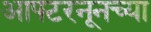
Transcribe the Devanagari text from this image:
आफ्टरनूनच्या